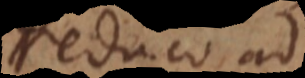
reduco ad